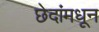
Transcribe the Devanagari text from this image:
छेदांमधून